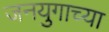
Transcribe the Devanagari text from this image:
जनयुगाच्या